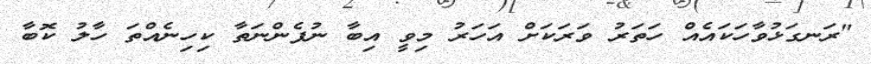
"ރަނގަޅުވާހަކައެއް ހަތަރު ވަރަކަށް އަހަރު މިވީ އިބާ ނުފެންނަތާ ކިހިނެއްތަ ހާލު ކޮބާ